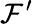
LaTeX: \mathcal{F}^{\prime}